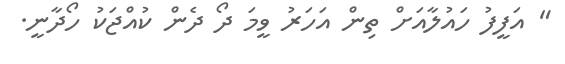
" އަފީފު ހައުލާއަށް ތިން އަހަރު ވީމަ ދޯ ދެން ކުއްޖަކު ހޯދާނީ.